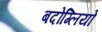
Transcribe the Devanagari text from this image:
बदोग्लियो